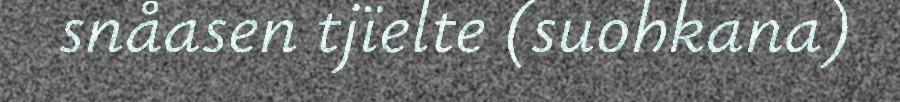
snåasen tjïelte (suohkana)